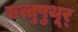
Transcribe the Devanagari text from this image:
छत्तुपुथूर्